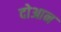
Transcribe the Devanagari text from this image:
दोआन